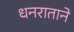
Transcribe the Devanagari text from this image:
धनराताने